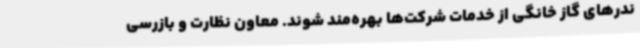
ندرهای گاز خانگی از خدمات شرکت‌ها بهره‌مند شوند. معاون نظارت و بازرسی